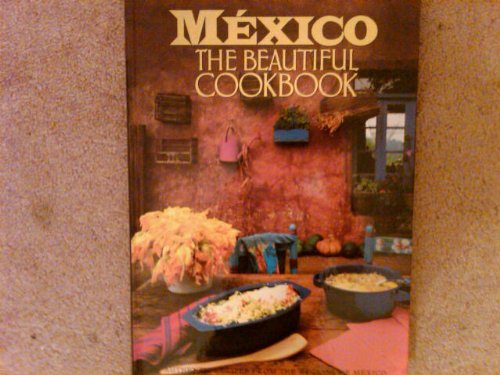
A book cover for Mexico: The Beautiful Cookbook; Marilyn Tausend; Cookbooks, Food & Wine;